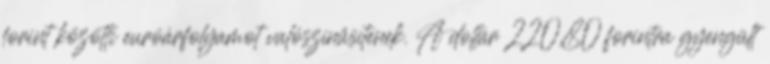
forint közötti euróárfolyamot valószínűsítenek. A dollár 220,80 forintra gyengült